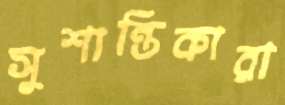
সুশান্তিকারা